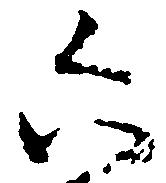
六